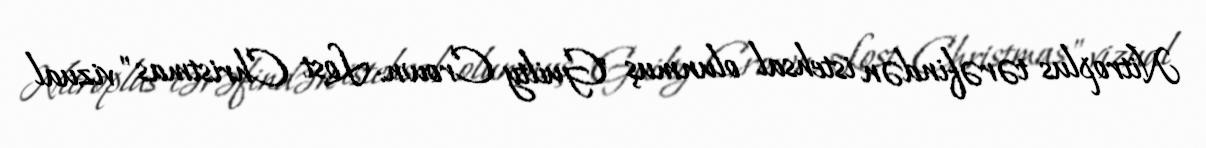
Nitroplus tərəfindən istehsal olunmuş "Guilty Crown: Lost Christmas" vizual